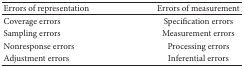
<table><thead><tr><td><b>Errors of representation</b></td><td><b>Errors of measurement</b></td></tr></thead><tbody><tr><td> Coverage errors</td><td> Specification errors</td></tr><tr><td> Sampling errors</td><td> Measurement errors</td></tr><tr><td> Nonresponse errors</td><td> Processing errors</td></tr><tr><td> Adjustment errors</td><td> Inferential errors</td></tr></tbody></table>